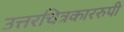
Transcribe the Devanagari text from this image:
उत्तरचित्रकाररुपी